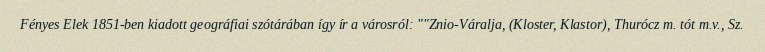
Fényes Elek 1851-ben kiadott geográfiai szótárában így ír a városról: ""Znio-Váralja, (Kloster, Klastor), Thurócz m. tót m.v., Sz.